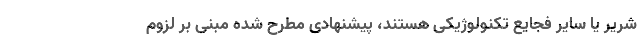
شریر یا سایر فجایع تکنولوژیکی هستند، پیشنهادی مطرح شده مبنی بر لزوم